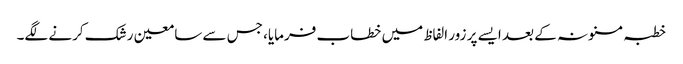
خطبہ مسنونہ کے بعد ایسے پر زور الفاظ میں خطاب فرمایا، جس سے سامعین رشک کرنے لگے۔